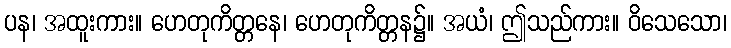
ပန၊ အထူးကား။ ဟေတုကိတ္တနေ၊ ဟေတုကိတ္တန၌။ အယံ၊ ဤသည်ကား။ ဝိသေသော၊